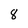
Character: 8